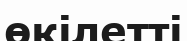
өкілетті